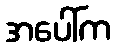
အပေါ်က